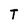
Character: T